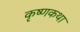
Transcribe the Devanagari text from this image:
कृष्णकथा